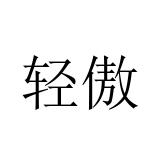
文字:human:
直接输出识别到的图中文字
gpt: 轻傲